Jaan_Tonisson_(Lasteleht), lk 303
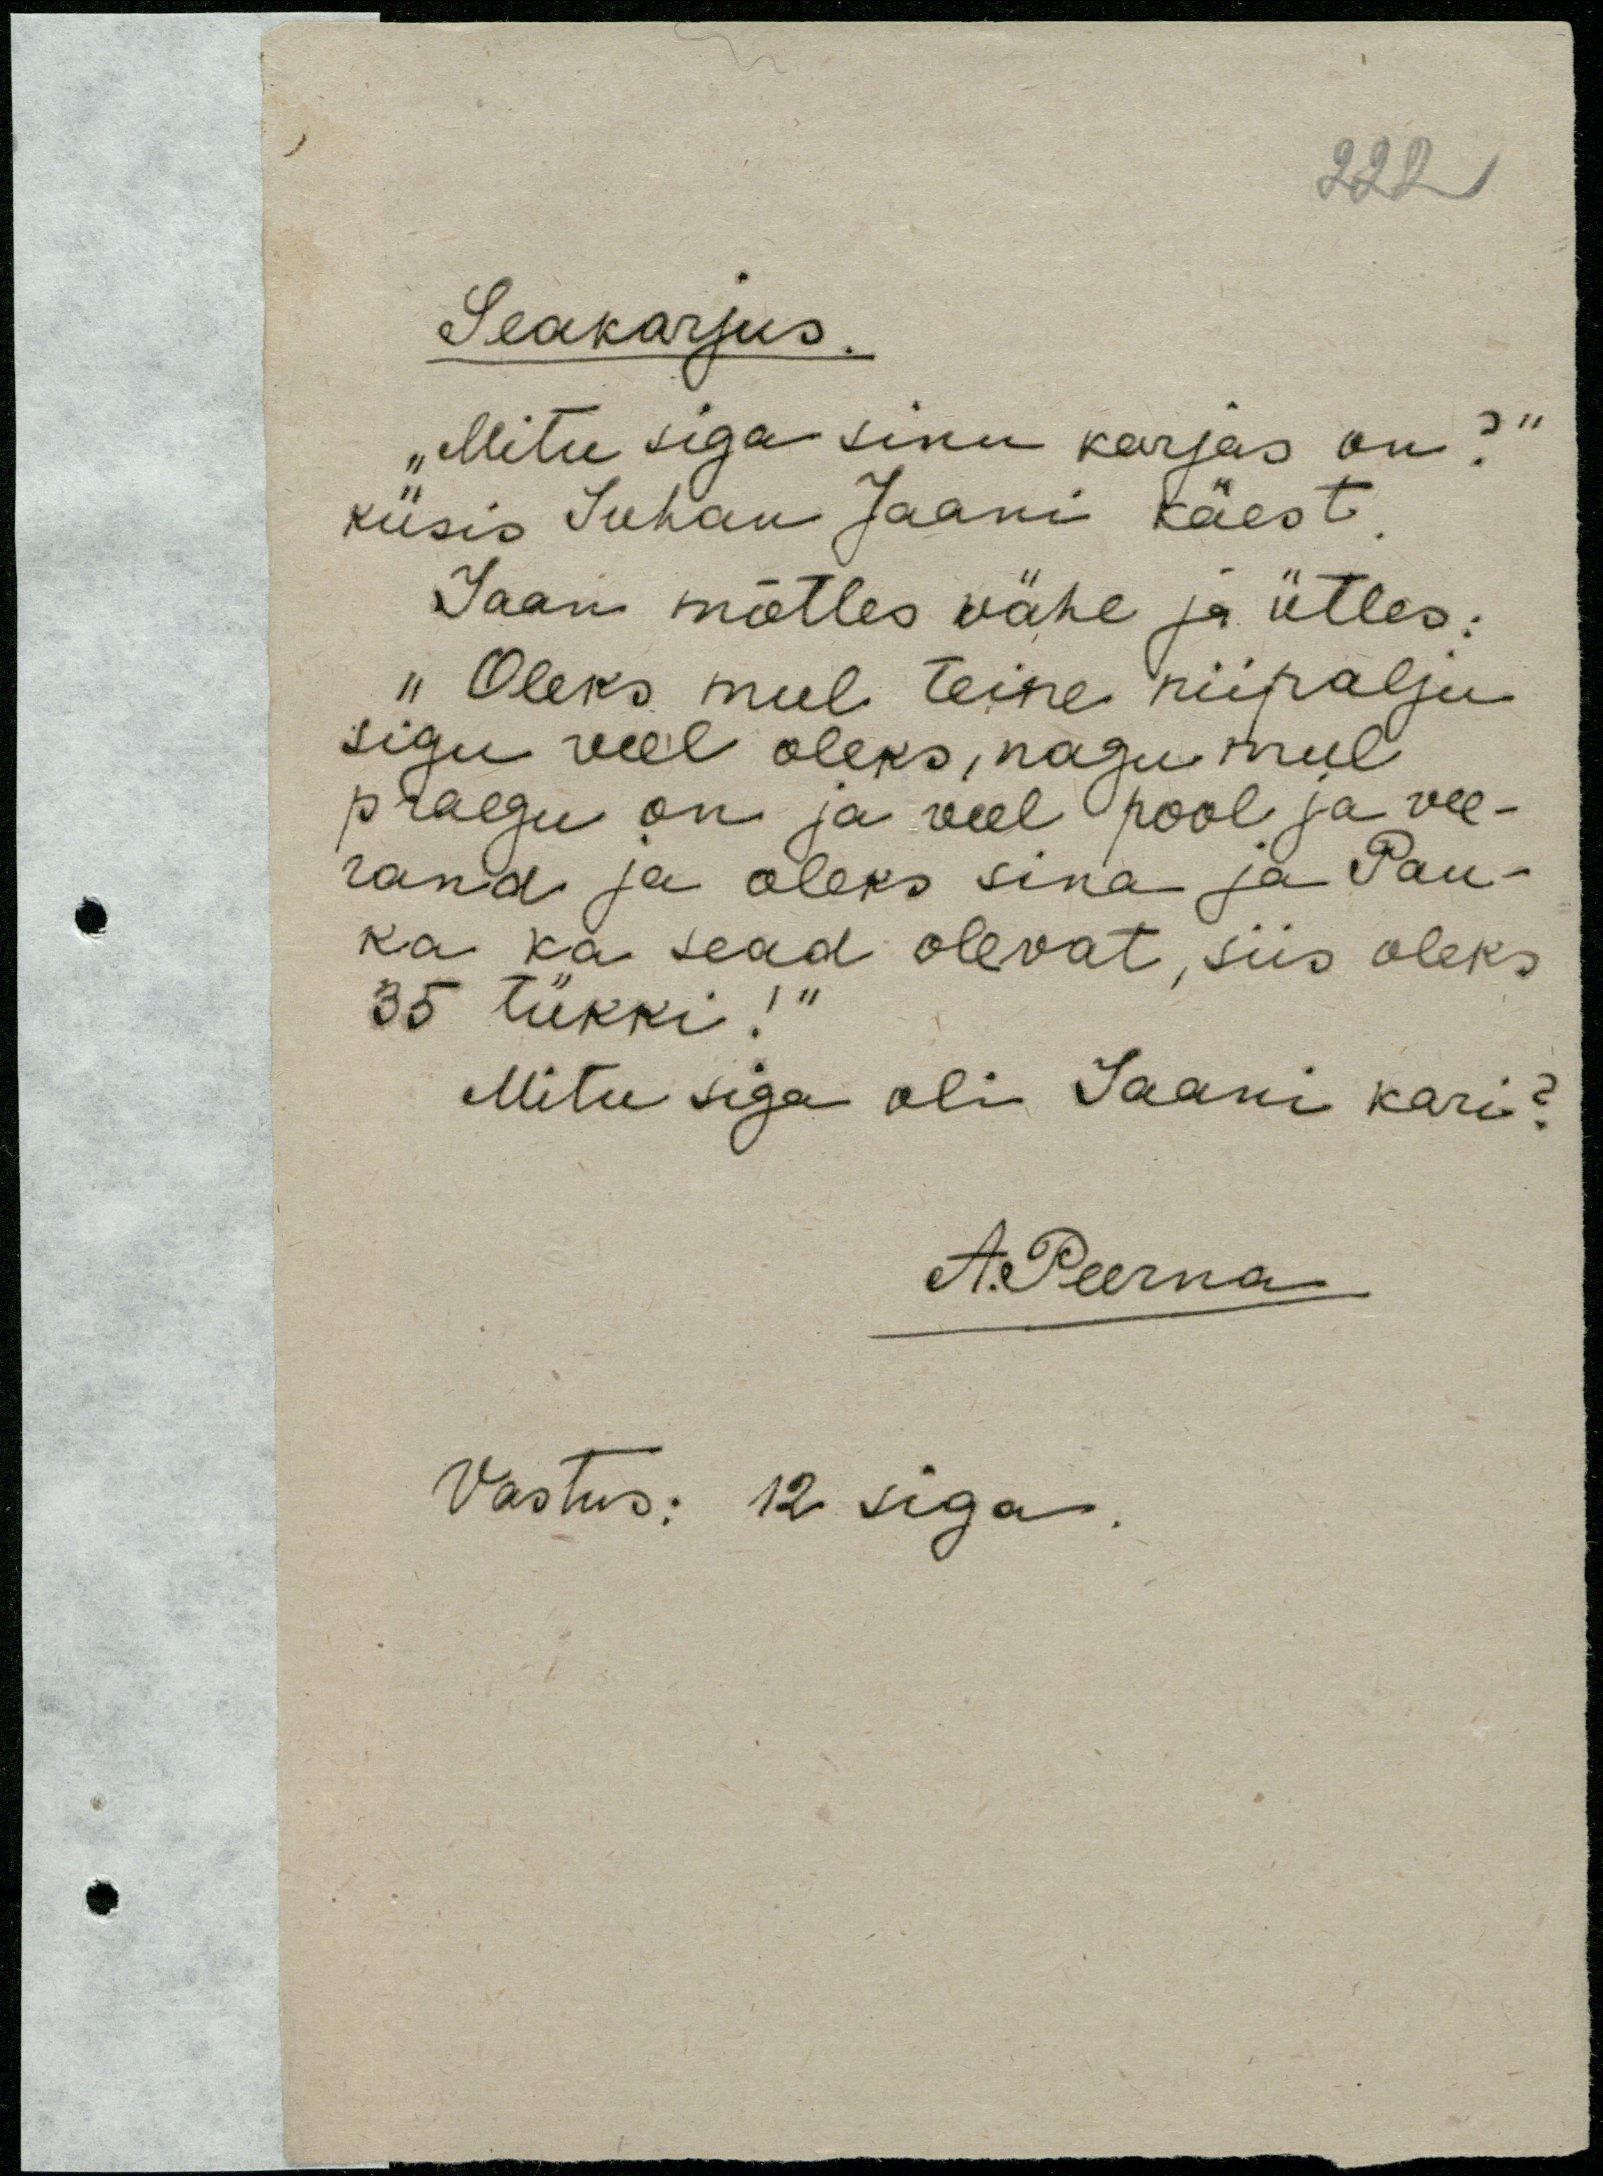
222

Seakarjus.
"Mitu siga sinu karjas on?"
küsis Juhan Jaani käest.
Jaan mõtles vähe ja ütles:
"Oleks mul teine niipalju
sigu veel oleks, nagu mul
praegu on ja veel pool ja vee-
rand ja oleks sina ja Pau-
ka ka sead olevat, siis oleks
35 tükki!“
Mitu siga oli Jaani kari?
A. Peerna
Vastus: 12 siga.